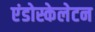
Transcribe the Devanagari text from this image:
एंडोस्केलेटन